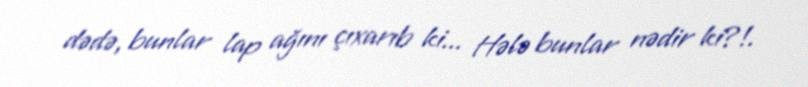
dədə, bunlar lap ağını çıxarıb ki... Hələ bunlar nədir ki?!.